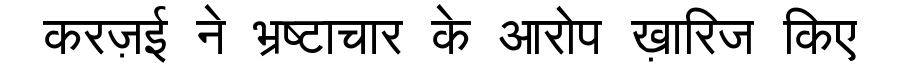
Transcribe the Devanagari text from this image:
करज़ई ने भ्रष्टाचार के आरोप ख़ारिज किए